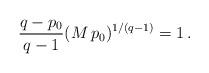
LaTeX: \begin{align*} \frac{q-p_0}{q-1}(M\,p_0)^{1/(q-1)} = 1\,.\end{align*}